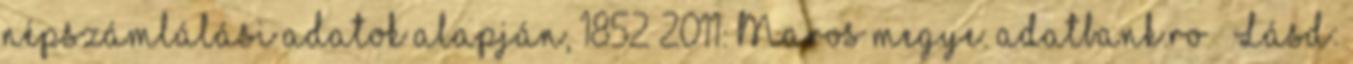
népszámlálási adatok alapján, 1852–2011: Maros megye. adatbank.ro ↑ Lásd: